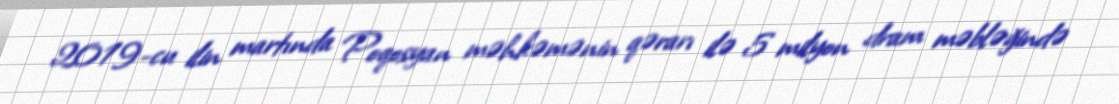
2019-cu ilin martında Poqosyan məhkəmənin qərarı ilə 5 milyon dram məbləğində